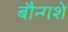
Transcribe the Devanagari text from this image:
बौन्गशे